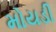
મોયડી